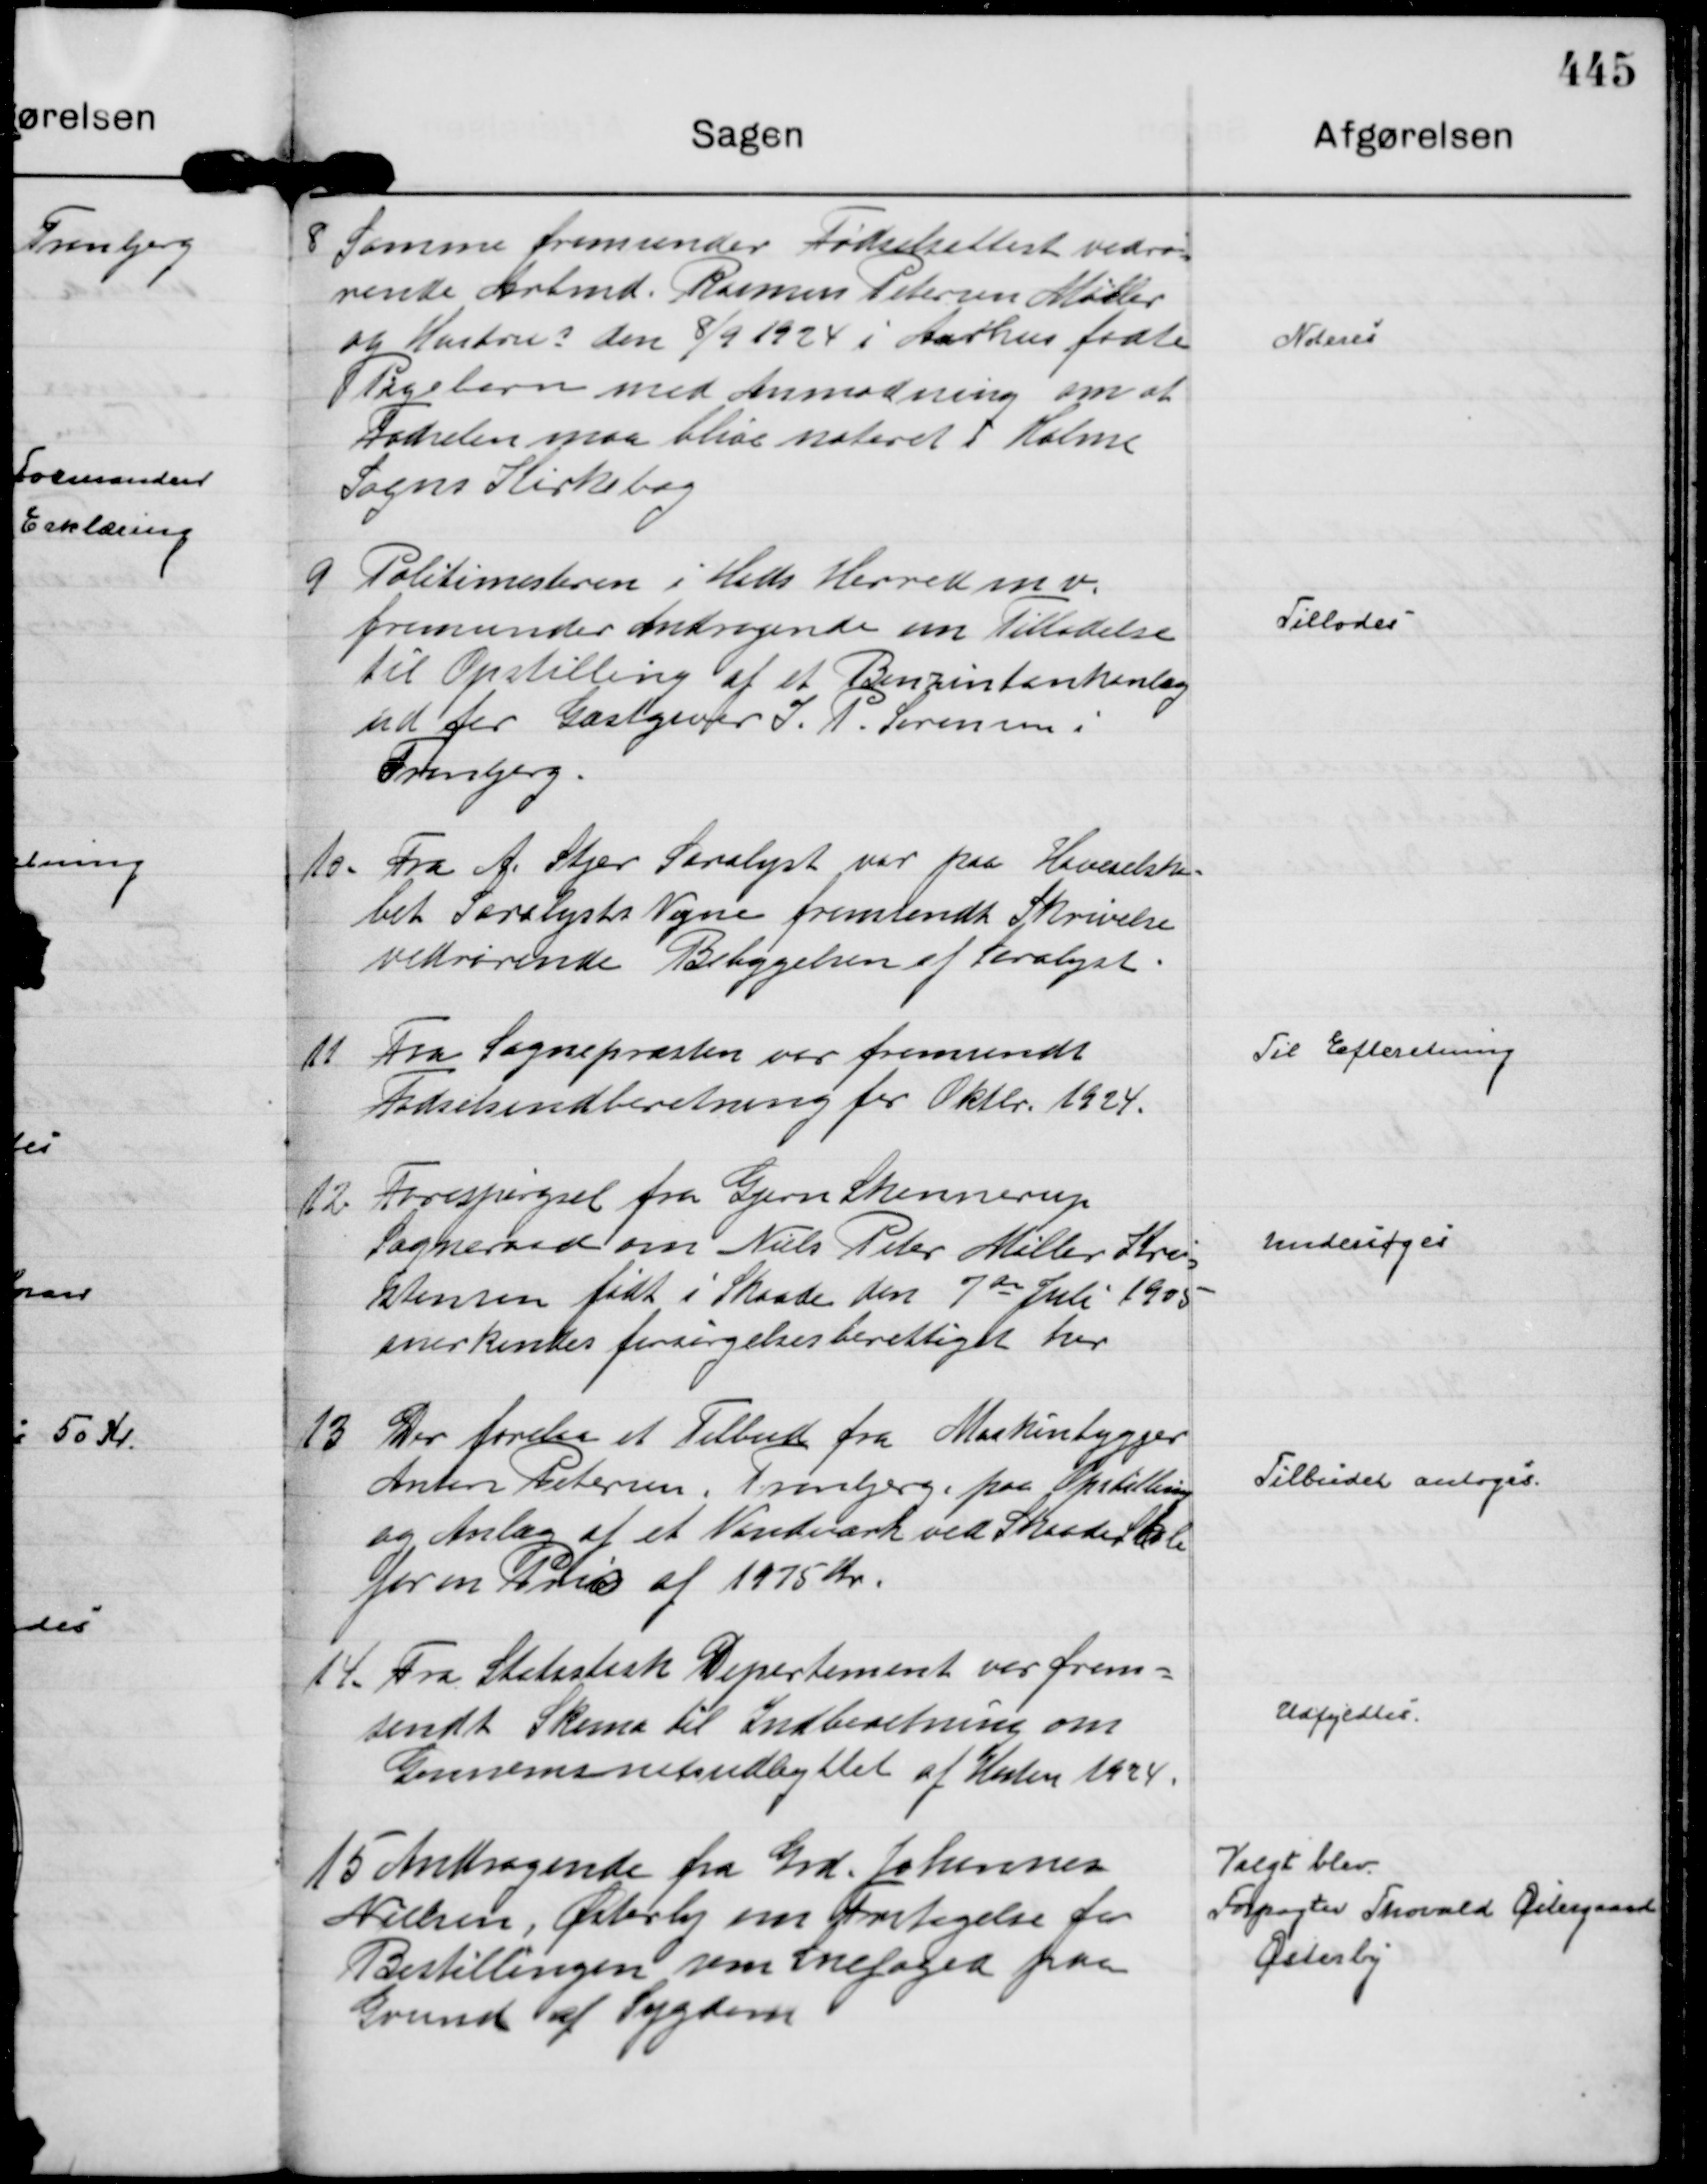
Transskription:
8
Samme fremsender Fødselsattest vedrø=
rende Arbmd. Rasmus Petersen Møller
og Hustrus den 8/9 1924 i Aarhus fødte 
Pigebarn med Anmodning om at
Fødselen maa blive noteret i Holme
Sogns Kirkebog

Noteres

9
Politimesteren i Hads Herred m v.
fremsender Andragende om Tilladelse
til Opstilling af et Benzintankanlæg
ud for Gæstgiver I. P. Sørensen i
Tranbjerg.

Tillodes

10.
Fra A. Stjer Saralyst var paa Haveselska= 
bet Saralysts Vegne fremsendt Skrivelse
vedrørende Bebyggelsen af Saralyst.

11
Fra Sognepræsten var fremsendt
Fødselsindberetning for Oktbr. 1924.

Til Efteretning

12.
Forespørgsel fra Gjern Skannerup
Sogneraad om Niels Peter Møller Kri= 
stensen født i Skaade den 7 de Juli 1905 
anerkendes forsørgelsesberettiget her

Undersøges

13
Der forelaa et Tilbud fra Maskinbygger
Anton Petersen, Tranbjerg, paa Opstilling
og Anlæg af et Vandværk ved Skaade Skole
for en Pris af 1975 Kr.

Tilbudet antoges.

14.
Fra Statistisk Departement var frem=
sendt Skema til Indberetning om
Gennemsnitsudbyttet af Høsten 1924.

Udfyldtes.

15
Andragende fra Grd. Johannes
Nielsen, Østerby om Fritagelse for
Bestillingen som Snefoged paa 
Grund af Sygdom

Valgt blev.
Forpagter Thorvald Østergaard
Østerby